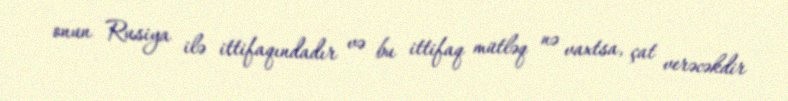
onun Rusiya ilə ittifaqındadır və bu ittifaq mütləq nə vaxtsa, çat verəcəkdir